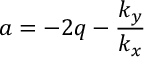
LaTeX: a = - 2 q - { \frac { k _ { y } } { k _ { x } } }